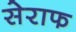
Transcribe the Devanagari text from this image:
सेराफ